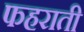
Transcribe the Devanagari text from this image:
फहराती